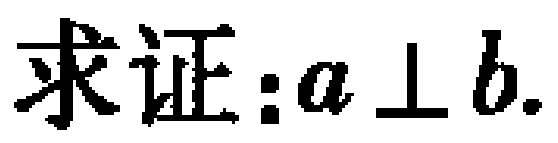
求证：\(a \perp b\).